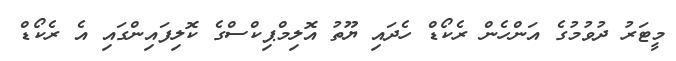
މީޓަރު ދުވުމުގެ އަންހެން ރެކޯޑް ހެދައި ޔޫތު އޮލިމްޕިކްސްގެ ކޮލިފައިންގައި އެ ރެކޯޑް